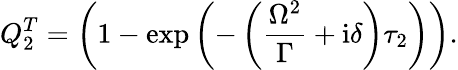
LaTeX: Q_{2}^{T}=\left(1-\exp\left(-\left(\frac{\Omega^{2}}{\Gamma}+\mathrm{i}\delta\right)\tau_{2}\right)\right).